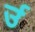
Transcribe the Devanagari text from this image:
र्उ